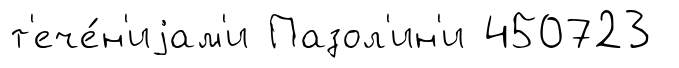
т'ече́н'иjам'и Пазол'ин'и 450723